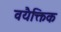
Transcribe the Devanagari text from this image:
वयैक्तिक